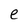
Character: e